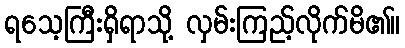
ရသေ့ကြီးရှိရာသို့ လှမ်းကြည့်လိုက်မိ၏။